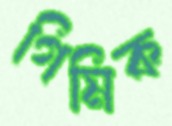
গিমিক